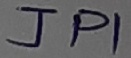
Text: JPI